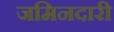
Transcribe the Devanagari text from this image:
जमिनदारी